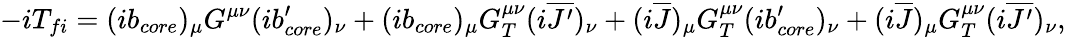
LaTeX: -iT_{fi}=(ib_{core})_{\mu}G^{\mu\nu}(ib_{core}^{\prime})_{\nu}+(ib_{core})_{\mu}G_{T}^{\mu\nu}(i\overline{{{J^{\prime}}}})_{\nu}+(i\overline{{J}})_{\mu}G_{T}^{\mu\nu}(ib_{core}^{\prime})_{\nu}+(i\overline{{J}})_{\mu}G_{T}^{\mu\nu}(i\overline{{{J^{\prime}}}})_{\nu},